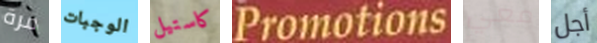
مرة الوجبات كاستيل Promotions معي أجل